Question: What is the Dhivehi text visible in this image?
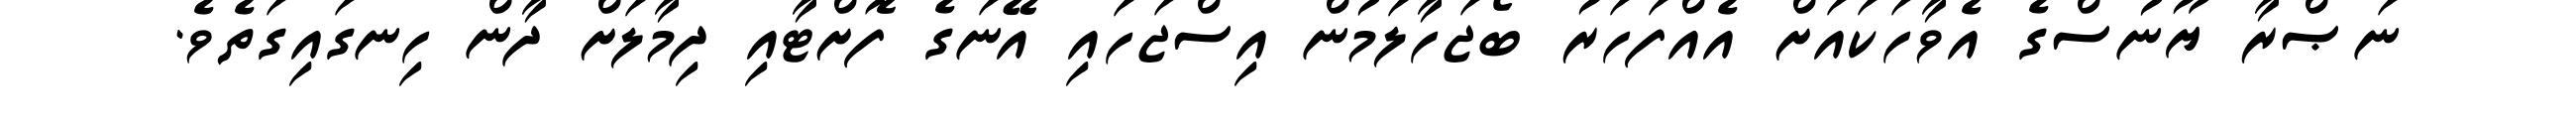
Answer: ނަޞްރާ ޔޫނުސްގެ އެވާހަކައަށް އެއްފަހަރު ބޯޖަހާލަމުން އިސްޖަހައި އޭނަގެ ފޮށްޓާއި ދިމާލަށް ދާން ހިނގައިގަތެވެ.